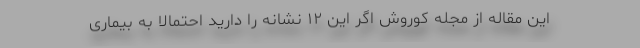
این مقاله از مجله کوروش اگر این ۱۲ نشانه را دارید احتمالا به بیماری